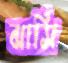
ঝাসি